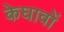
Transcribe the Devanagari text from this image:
केघावों